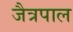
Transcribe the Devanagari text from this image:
जैत्रपाल